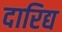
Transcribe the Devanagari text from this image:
दारिद्य